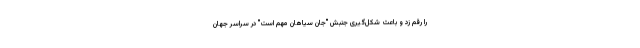
را رقم زد و باعث شکل‌گیری جنبش "جان سیاهان مهم است" در سراسر جهان